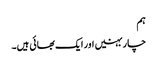
ہم
چار بہنیں اور ایک بھائی ہیں۔